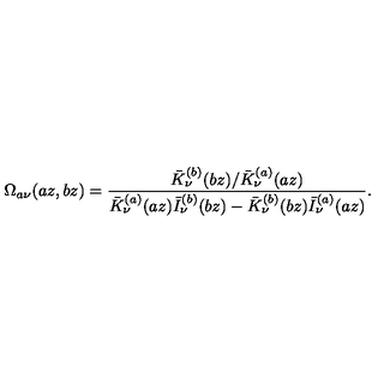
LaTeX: \Omega _ { a \nu } ( a z , b z ) = \frac { \bar { K } _ { \nu } ^ { ( b ) } ( b z ) / \bar { K } _ { \nu } ^ { ( a ) } ( a z ) } { \bar { K } _ { \nu } ^ { ( a ) } ( a z ) \bar { I } _ { \nu } ^ { ( b ) } ( b z ) - \bar { K } _ { \nu } ^ { ( b ) } ( b z ) \bar { I } _ { \nu } ^ { ( a ) } ( a z ) } .